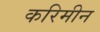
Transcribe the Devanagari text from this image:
करिमीन